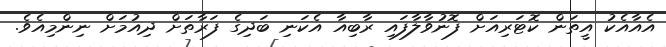
އެއާއެކު އީތަން ކޮޓަރިއަށް ފޮނުވާލާފައި ރާބިއާ އެކަނި ބަދިގެ ފަރާތަށް ދިއުމަށް ނިންމިއެވެ.